Vaccine operations Central Provinces & Berar 1912-1920 - 1912-1920
Year: 1912
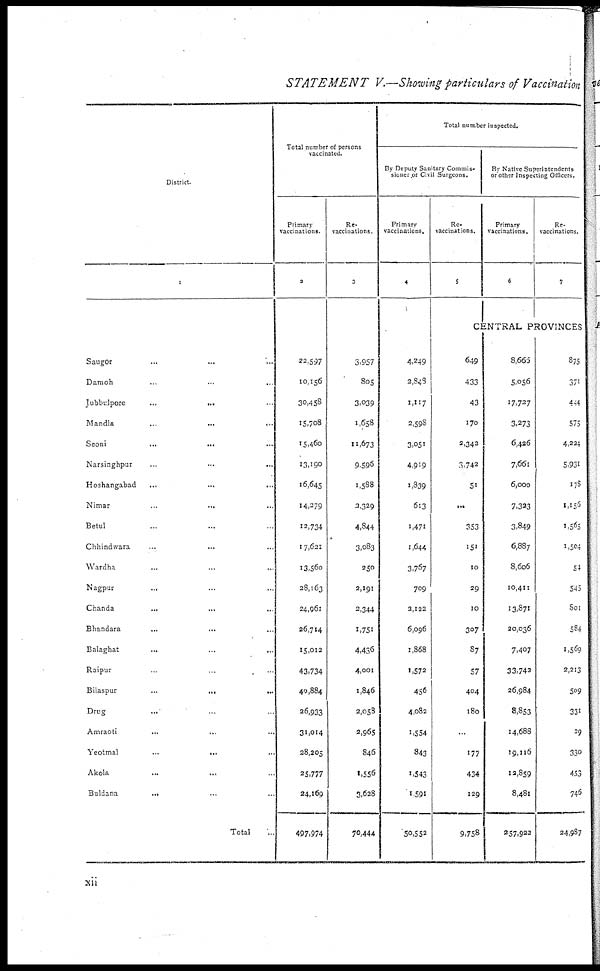
STATEMENT
V.—Showing particulars of Vaccination
District.
1
Saugor ... ... ...
Damoh ... ... ...
Jubbulpore
...
... ...
Mandla ... ... ...
Seoni
...
... ...
Narsinghpur ... ... ...
Hoshangabad ... ... ...
Nimar ... ... ...
Betul ... ... ...
Chhindwara ... ... ...
Wardha ... ... ...
Nagpur ... ... ...
Chanda ... ... ...
Bhandara ... ... ...
Balaghat ... ... ...
Raipur ... ... ...
Bilaspur
...
...
...
Drug ... ... ...
Amraoti ... ... ...
Yeotmal
...
... ...
Akola ... ... ...
Buldana
... ... ...
Total ...
Total number of persons
vaccinated.
Primary
vaccinations.
2
22,597
10,156
30,458
15,708
15,460
13,190
16,645
14,279
12,734
17,621
13,560
28,163
24,961
26,714
15,012
43,734
40,884
26,933
31,014
28,205
25,777
24,169
497,974
Re-
vaccinations.
3
3,957
805
3,039
1,658
11,673
9,596
1,588
2,329
4,844
3,083
250
2,191
2,344
1,751
4,436
4,001
1,846
2,058
2,965
846
1,556
3,628
70,444
Total number inspected.
By Deputy Sanitary Commis-
sioner or Civil Surgeons.
Primary
vaccinations.
4
4,249
2,843
1,117
2,598
3,051
4,919
1,839
613
1,471
1,644
3,767
709
2,122
6,096
1,868
1,572
456
4,082
1,554
843
1,543
1,591
50,552
Re-
vaccinations.
5
By Native Superintendents
or other Inspecting Officers.
Primary
vaccinations.
6
Re-
vaccinations.
7
CENTRAL PROVINCES
649
433
43
170
2,342
3,742
51
...
353
151
10
29
10
307
87
57
404
180
...
177
434
129
9,758
8,665
5,056
17,727
3,273
6,426
7,661
6,000
7,323
3,849
6,887
8,606
10,411
13,871
20,036
7,407
33,742
26,984
8,853
14,688
19,116
12,859
8,481
257,922
875
371
444
575
4,224
5,931
178
1,156
1,565
1,504
54
545
801
584
1,569
2,213
509
331
29
330
453
746
24,987
xii